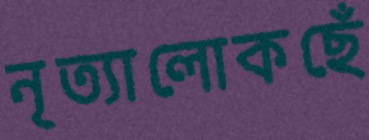
নৃত্যালোকছেঁ